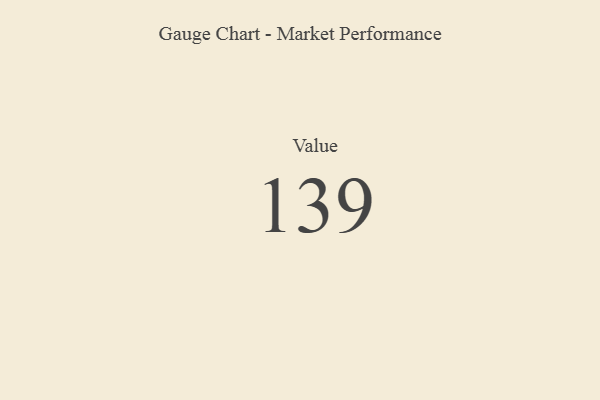
{"axis": {"x": "Metric", "y": "Value"}, "legend": [""], "data": [{"x": "Value", "y": 139, "type": ""}]}